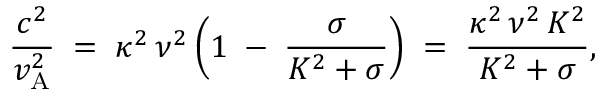
\frac { c ^ { 2 } } { v _ { \mathrm { A } } ^ { 2 } } \; = \; \kappa ^ { 2 } \, \nu ^ { 2 } \left( 1 \; - \; \frac { \sigma } { K ^ { 2 } + \sigma } \right) \; = \; \frac { \kappa ^ { 2 } \, \nu ^ { 2 } \, K ^ { 2 } } { K ^ { 2 } + \sigma } ,